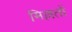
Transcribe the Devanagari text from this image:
मिल्लतों